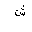
Letter: _shin